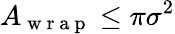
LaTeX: A_{\mathrm{~w~r~a~p~}}\leq\pi\sigma^{2}